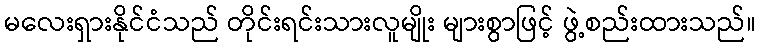
မလေးရှားနိုင်ငံသည် တိုင်းရင်းသားလူမျိုး များစွာဖြင့် ဖွဲ့စည်းထားသည်။